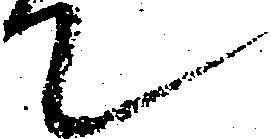
て